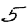
Digit: 5